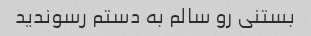
بستنی رو سالم به دستم رسوندید